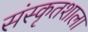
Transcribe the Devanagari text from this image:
संस्कृतशाला